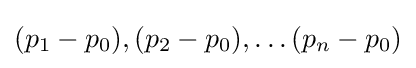
(p_{1}-p_{0}),(p_{2}-p_{0}),\dots (p_{n}-p_{0})